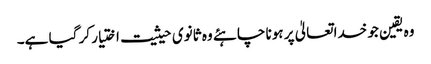
وہ یقین جو خداتعالیٰ پر ہونا چاہئے وہ ثانوی حیثیت اختیار کر گیا ہے۔